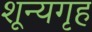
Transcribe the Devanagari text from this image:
शून्यगृह